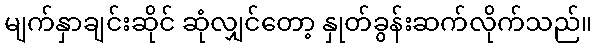
မျက်နှာချင်းဆိုင် ဆုံလျှင်တော့ နှုတ်ခွန်းဆက်လိုက်သည်။